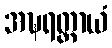
အဍ္ဎရတ္တာယံ